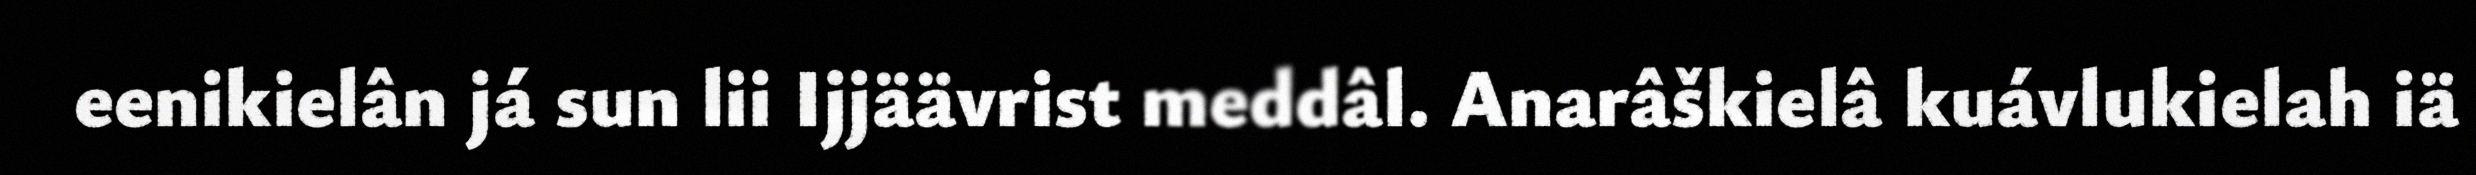
eenikielân já sun lii Ijjäävrist meddâl. Anarâškielâ kuávlukielah iä